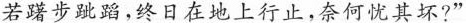
若躇步跐蹈，终日在地上行止，奈何忧其坏?”